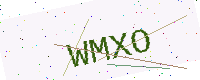
Text: WMXO